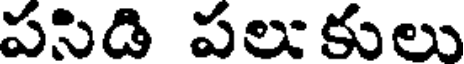
పసిడి పలుకులు